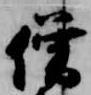
僧